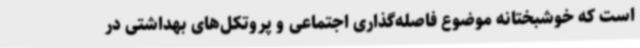
است که خوشبختانه موضوع فاصله‌گذاری اجتماعی و پروتکل‌های بهداشتی در